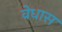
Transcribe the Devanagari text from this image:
वेधास